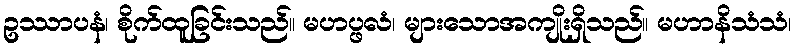
ဥဿာပနံ၊ စိုက်ထူခြင်းသည်။ မဟပ္ဖလံ၊ များသောအကျိုးရှိသည်။ မဟာနိသံသံ၊